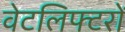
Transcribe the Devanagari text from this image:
वेटलिफ्टरों